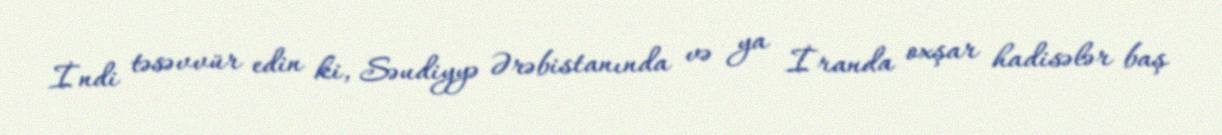
İndi təsəvvür edin ki, Səudiyyə Ərəbistanında və ya İranda oxşar hadisələr baş